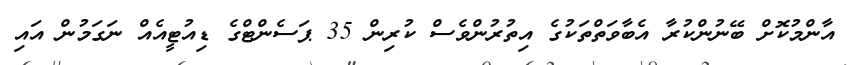
އާންމުކޮށް ބޭނުންކުރާ އެބާވަތްތަކުގެ އިތުރުންވެސް ކުރިން 35 ޕަސެންޓްގެ ޑިއުޓީއެއް ނަގަމުން އައި